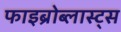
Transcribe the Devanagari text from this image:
फाइब्रोब्लास्ट्स